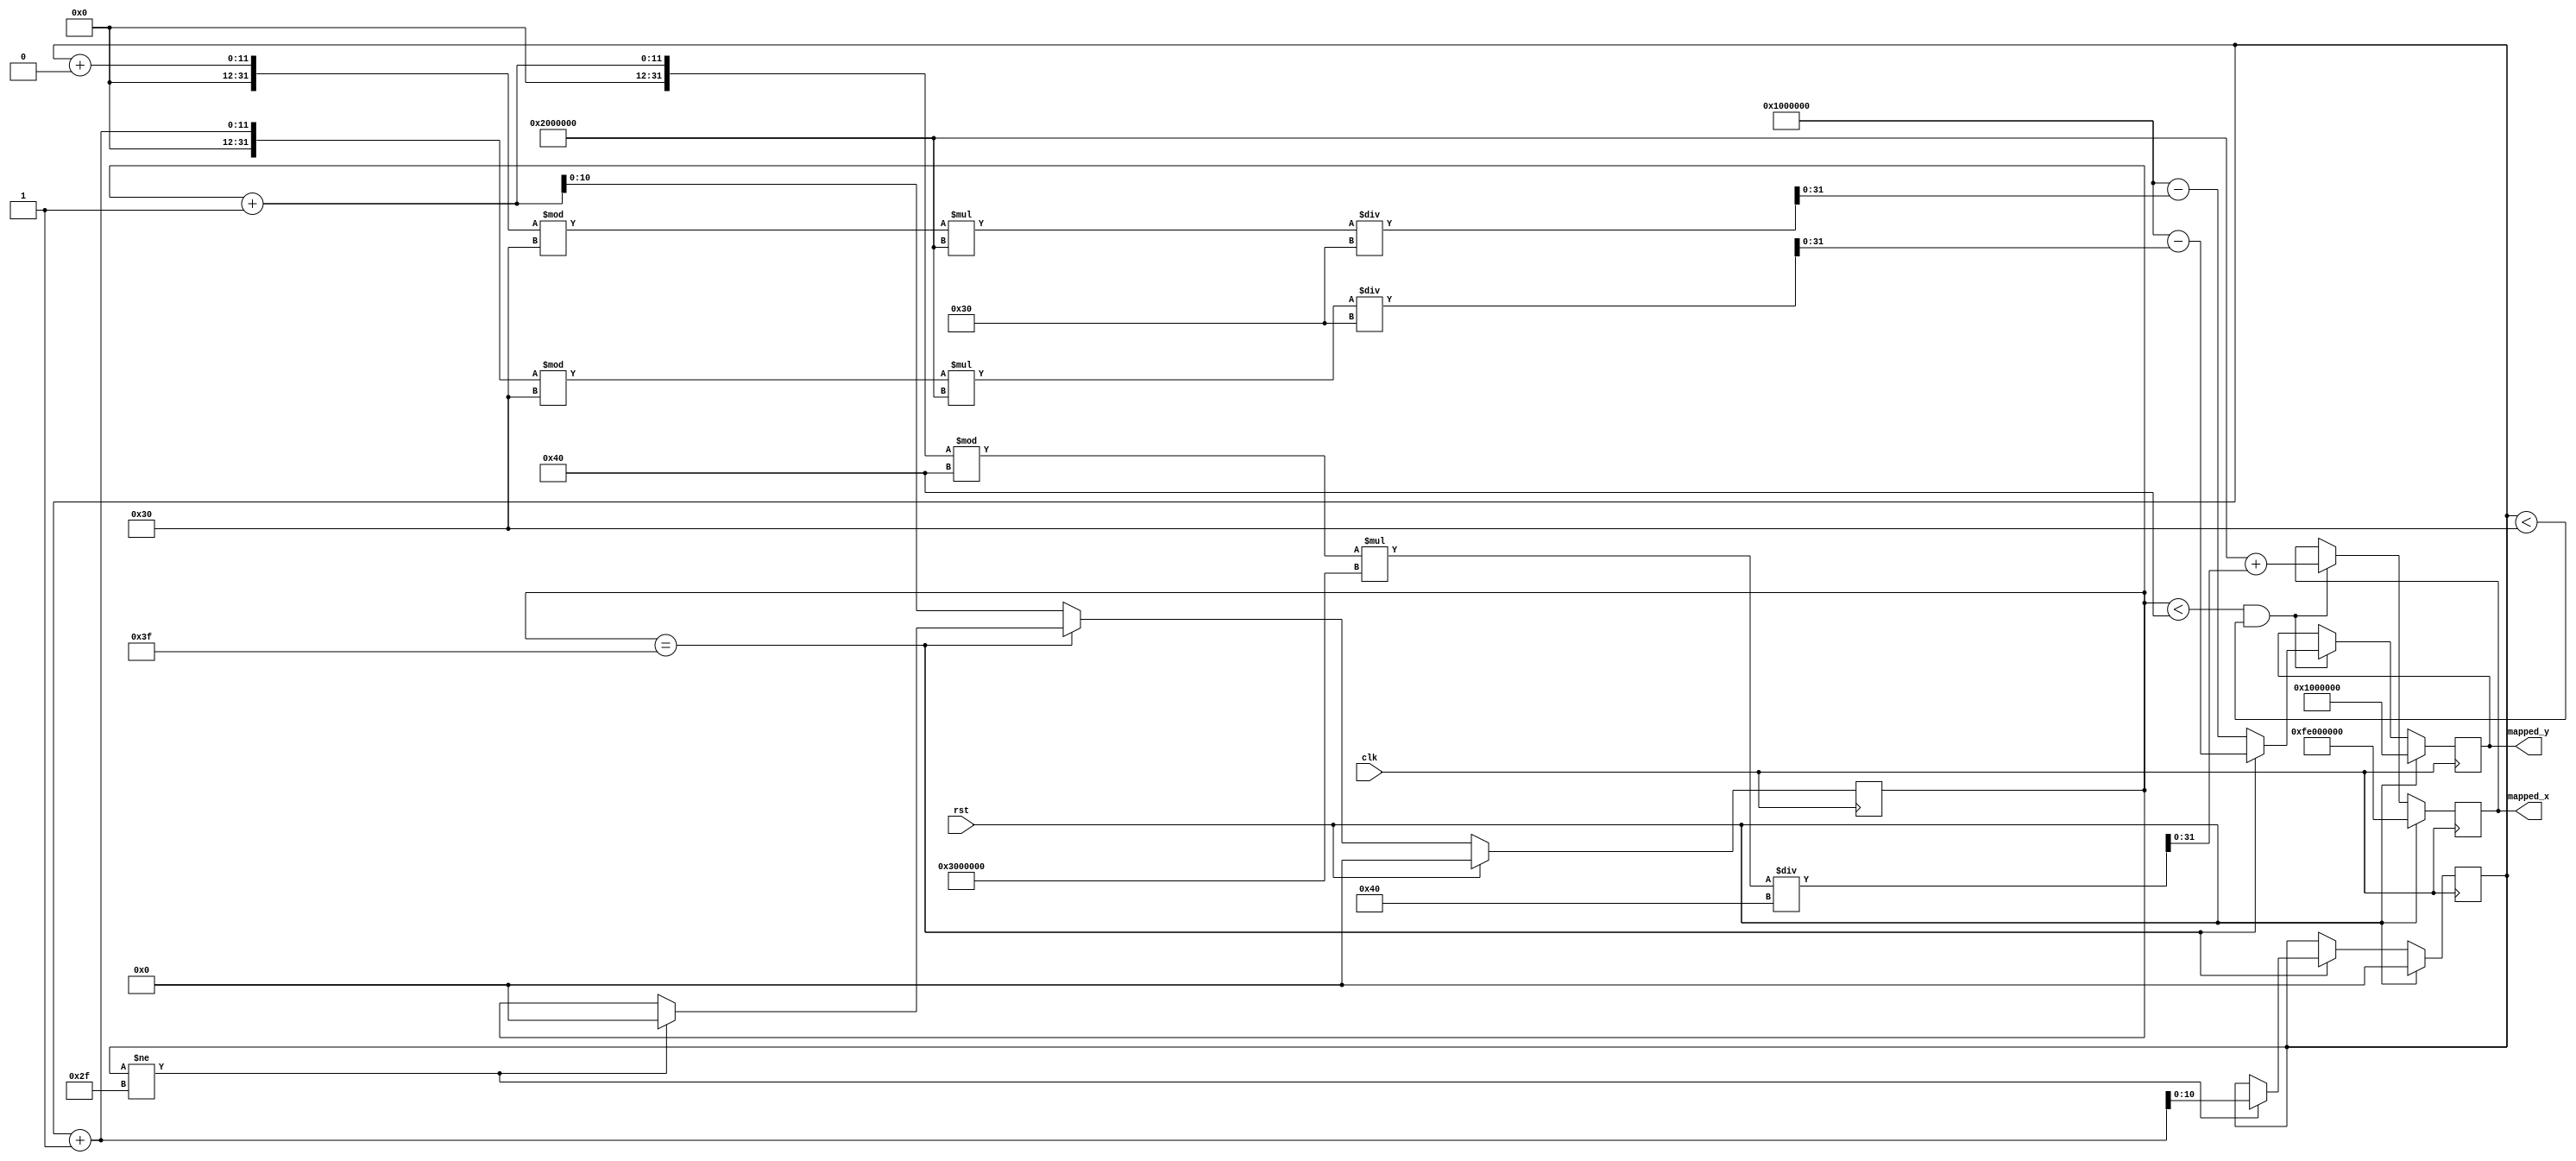
module AddressMapper #(
    parameter FLOAT_PRECISION = 24,
    parameter MAX_X = 64,
    parameter MAX_Y = 48
)(
    input wire clk,
    input wire rst,
    output reg signed [31:0] mapped_x,
    output reg signed [31:0] mapped_y
);


reg [10:0] x, y;

initial begin
    x = 0;
    y = 0;
end

always @(posedge clk) begin
    if (rst) begin
        x <= 0;
        y <= 0;
        mapped_x <= -(2 << FLOAT_PRECISION);
        mapped_y <=  (1 << FLOAT_PRECISION);
    end else begin
        if (x < MAX_X && y < MAX_Y) begin
            // Map [0, MAX_X) to [-2, 1]
            mapped_x <= -(2 << FLOAT_PRECISION) + $signed({{FLOAT_PRECISION{1'b0}}, (x+1)%MAX_X}) * ((1 << FLOAT_PRECISION) * 3) / MAX_X;

            // Map [0, MAX_Y) to [1, -1]
            if (x == MAX_X - 1) begin
                mapped_y <=  (1 << FLOAT_PRECISION) - $signed({{FLOAT_PRECISION{1'b0}}, (y+1)%MAX_Y}) * ((1 << FLOAT_PRECISION) * 2) / MAX_Y;
            end else begin
                mapped_y <=  (1 << FLOAT_PRECISION) - $signed({{FLOAT_PRECISION{1'b0}}, (y+0)%MAX_Y}) * ((1 << FLOAT_PRECISION) * 2) / MAX_Y;
            end
        end
	
        if (x == MAX_X - 1) begin
            if (y != MAX_Y - 1) begin
                x <= 0;
                y <= y + 1;
            end
        end else begin
            x <= x + 1;
        end
    end
end

endmodule